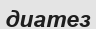
диатез